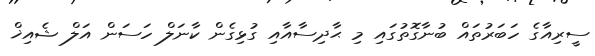
ސީރިއާގެ ހަބަރުތައް ބުނާގޮތުގައި މި ޙާދިސާއާއި ގުޅިގެން ކާނަލް ހަސަން އަލް ޝެއިޚް